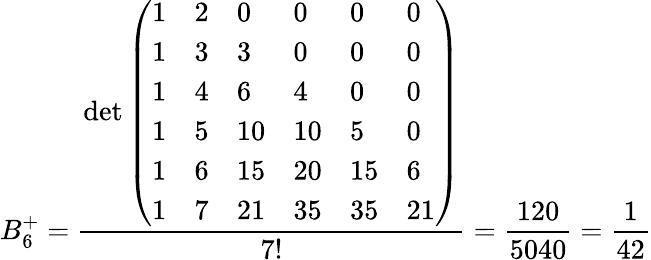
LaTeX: B_{6}^{+}={\frac{\operatorname*{det}{\left(\begin{array}{llllll}{1}&{2}&{0}&{0}&{0}&{0}\\ {1}&{3}&{3}&{0}&{0}&{0}\\ {1}&{4}&{6}&{4}&{0}&{0}\\ {1}&{5}&{10}&{10}&{5}&{0}\\ {1}&{6}&{15}&{20}&{15}&{6}\\ {1}&{7}&{21}&{35}&{35}&{21}\end{array}\right)}}{7!}}={\frac{120}{5040}}={\frac{1}{42}}